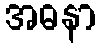
အဓနာ